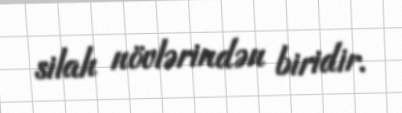
silah növlərindən biridir.